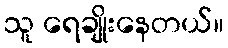
သူ ရေချိုးနေတယ်။